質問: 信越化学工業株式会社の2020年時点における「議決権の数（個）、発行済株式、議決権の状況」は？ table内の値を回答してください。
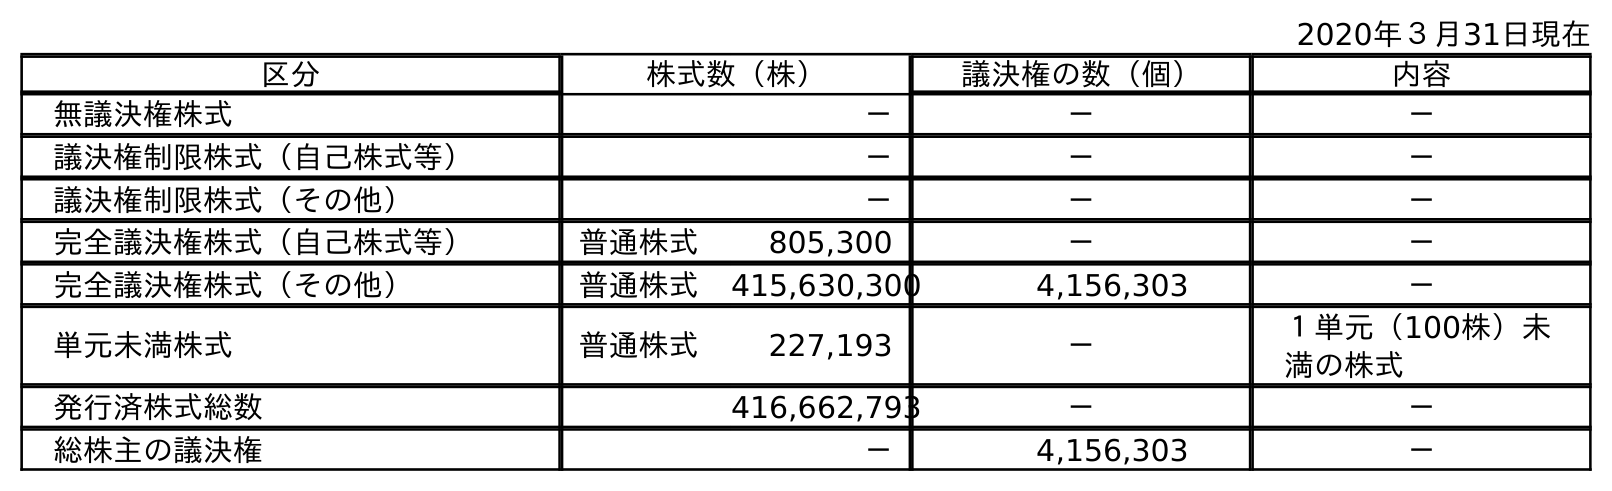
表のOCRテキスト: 2020年３月31日現在 区分 株式数（株） 議決権の数（個） 内容 無議決権株式 － － － 議決権制限株式（自己株式等） － － － 議決権制限株式（その他） － － － 完全議決権株式（自己株式等） 普通株式 805,300 － － 完全議決権株式（その他） 普通株式 415,630,300 4,156,303 － 単元未満株式 普通株式 227,193 － １単元（100株）未 満の株式 発行済株式総数 416,662,793 － － 総株主の議決権 － 4,156,303 －
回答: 4,156,303